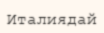
Италиядай